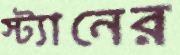
স্ট্যানের